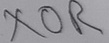
Text: XOR